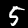
Digit: 5